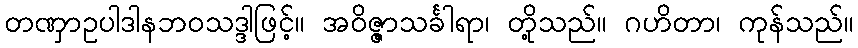
တဏှာဥပါဒါနဘဝသဒ္ဒါဖြင့်။ အဝိဇ္ဇာသင်္ခါရာ၊ တို့သည်။ ဂဟိတာ၊ ကုန်သည်။